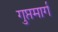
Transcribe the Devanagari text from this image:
गुप्तमार्ग